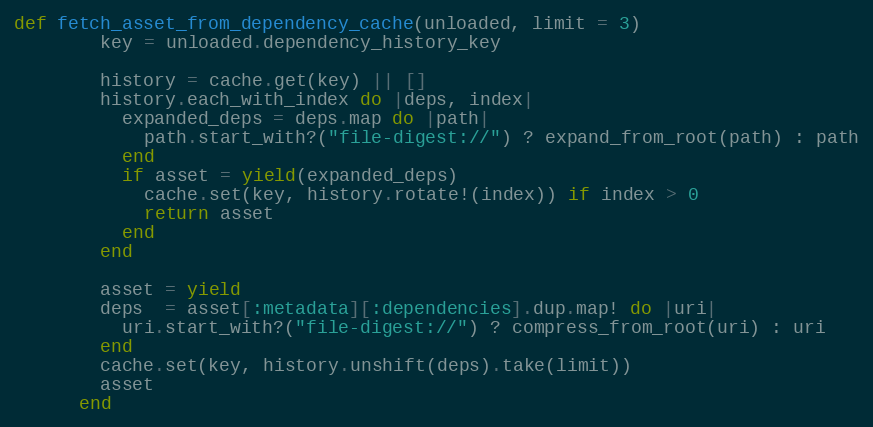
Language: Ruby
def fetch_asset_from_dependency_cache(unloaded, limit = 3)
        key = unloaded.dependency_history_key

        history = cache.get(key) || []
        history.each_with_index do |deps, index|
          expanded_deps = deps.map do |path|
            path.start_with?("file-digest://") ? expand_from_root(path) : path
          end
          if asset = yield(expanded_deps)
            cache.set(key, history.rotate!(index)) if index > 0
            return asset
          end
        end

        asset = yield
        deps  = asset[:metadata][:dependencies].dup.map! do |uri|
          uri.start_with?("file-digest://") ? compress_from_root(uri) : uri
        end
        cache.set(key, history.unshift(deps).take(limit))
        asset
      end